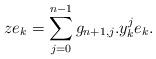
LaTeX: \begin{align*}ze_k= \sum_{j=0}^{n-1} g_{n+1,j}. y_k^j e_k.\end{align*}